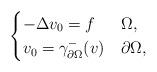
LaTeX: \begin{align*}\begin{cases} -\Delta v_0= f &\Omega,\\v_0 = \gamma^-_{\partial\Omega}(v) &\partial\Omega,\end{cases}\end{align*}